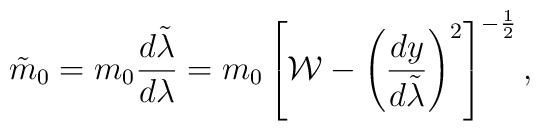
\tilde{m}_0=m_0{{d\tilde{\lambda}}\over{d\lambda}}=m_0\left[{\cal W}-\left({{dy}\over{d\tilde{\lambda}}}\right)^2\right]^{-{1\over 2}},